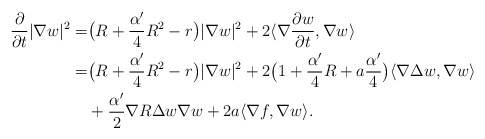
\begin{align*}\frac{\partial}{\partial t}|\nabla w|^2=&\big(R+\frac{\alpha'}{4}R^2-r\big)|\nabla w|^2+2\langle\nabla\frac{\partial w}{\partial t},\nabla w\rangle \\=&\big(R+\frac{\alpha'}{4}R^2-r\big)|\nabla w|^2+2\big(1+\frac{\alpha'}{4}R+a\frac{\alpha'}{4}\big)\langle\nabla\Delta w,\nabla w\rangle \\&+\frac{\alpha'}{2}\nabla R\Delta w\nabla w+2a\langle\nabla f,\nabla w\rangle.\end{align*}